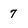
Character: 7